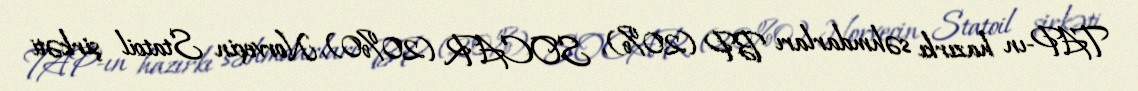
TAP-ın hazırkı səhmdarları BP (20%), SOCAR (20%0), Norveçin Statoil şirkəti